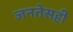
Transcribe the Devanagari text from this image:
जनतेसही